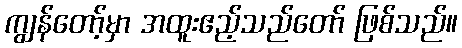
ကျွန်တော့်မှာ အထူးဧည့်သည်တော် ဖြစ်သည်။